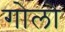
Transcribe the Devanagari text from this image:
गोलो